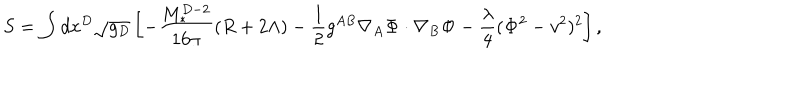
S = \int d x ^ { D } \sqrt { g _ { D } } \left[ - \frac { M _ { * } ^ { D - 2 } } { 1 6 \pi } ( R + 2 \Lambda ) - \frac 1 2 g ^ { A B } \nabla _ { A } { \bf \Phi } \cdot \nabla _ { B } { \bf \Phi } - \frac { \lambda } { 4 } ( { \bf \Phi } ^ { 2 } - v ^ { 2 } ) ^ { 2 } \right] ,